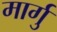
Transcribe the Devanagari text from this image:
मार्गु